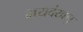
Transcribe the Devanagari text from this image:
भयदंखलु